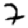
Digit: 7